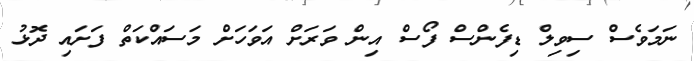
ނަމަވެސް ސިވިލް ޑިފެންސް ފޯސް އިން ވަރަށް އަވަހަށް މަސައްކަތް ފަށައި ދޮޅު